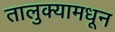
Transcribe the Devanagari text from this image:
तालुक्‍यामधून